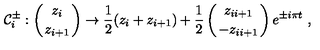
{ \cal C } _ { i } ^ { \pm } : \left( { z _ { i } \atop z _ { i + 1 } } \right) \to { \frac { 1 } { 2 } } ( z _ { i } + z _ { i + 1 } ) + { \frac { 1 } { 2 } } \left( { z _ { i i + 1 } \atop - z _ { i i + 1 } } \right) e ^ { \pm i \pi t } \ ,